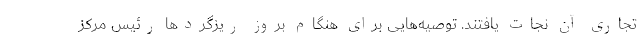
تجاری آن نجات یافتند. توصیه‌هایی برای هنگام بروز ریزگردها رئیس مرکز